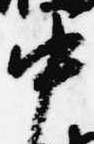
中